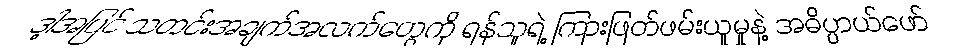
ဒါ့အပြင် သတင်းအချက်အလက်တွေကို ရန်သူရဲ့ ကြားဖြတ်ဖမ်းယူမှုနဲ့ အဓိပ္ပာယ်ဖော်